Report on vaccination in Madras 1895-1903 - 1895-1903
Year: 1895
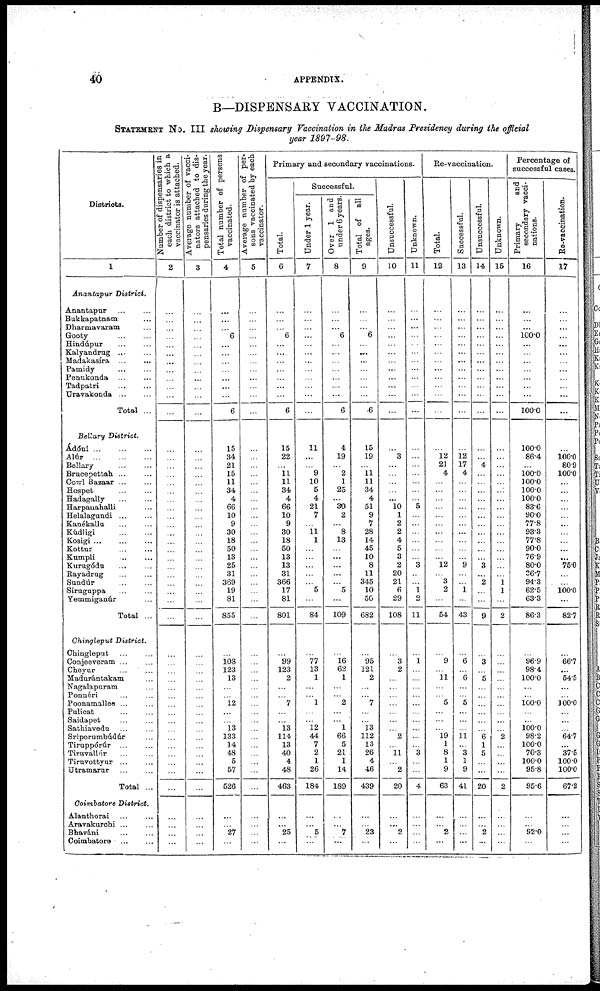
40
APPENDIX.
B—DISPENSARY VACCINATION.
STATEMENT No. III showing Dispensary Vaccination in the Madras Presidency during the official
year 1897-98.
Districts.
1
Anantapur District.
Anantapur... ...
Bukkapatnam...
Dharmavaram...
Gooty...
...
Hindúpur... ...
Kalyandrug...
...
Madakasíra...
...
Pamidy... ...
Penukonda... ...
Tadpatri...
...
Uravakonda...
...
Total ...
Bellary District.
Ádóni... ... ...
Alúr... ... ...
Bellary... ...
Brucepettah... ...
Cowl Bazaar ... ...
Hospet... ...
Hadagally... ...
Harpanahalli...
Helalagundi... ...
Kanékallu... ...
Kúdligi...
...
Kosigi... ... ...
Kottur...
...
Kumpli... ...
Kurugóda
Rayadrug...
...
Sundúr... ...
Siruguppa... ...
Yemmiganúr...
Total ...
Chingleput District.
Chingleput... ...
Conjeeveram... ...
Cheyur... ...
Madurántakam...
Nagalapuram...
Ponnéri... ...
Poonamallee... ...
Pulicat... ...
Saidapet... ...
Sathiavedu... ...
Sríperumbúdúr... ...
Tiruppórúr... ...
Tiruvallúr... ...
Tiruvottyur... ...
Utramarur... ...
Total ...
Coimbatore District.
Alanthorai... ...
Aravakurchi ...
Bhaváni... ...
Coimbatore...
...
Number of di s pens ar i
es in
each district to whi ch a
vaccinator is attached.
2
...
...
...
...
...
...
...
...
...
...
...
...
...
...
...
...
...
...
...
...
...
...
...
...
...
...
...
...
...
...
...
...
...
...
...
...
...
...
...
...
...
...
...
...
...
...
...
...
...
...
...
...
Ave r
a ge number of vacci-
nators attached to dis-
pensaries dur i ng the year.
3
...
...
...
...
...
...
...
...
...
...
...
...
...
...
...
...
...
...
...
...
...
...
...
...
...
...
...
...
...
...
...
...
...
...
...
...
...
...
...
...
...
...
...
...
...
...
...
...
...
...
...
...
Total number of persons
vaccinated.
4
...
...
... 6
...
...
...
...
...
...
...
6
15
34
21
15
11
34
4
66
10
9
30
18
50
13
25
31
369
19
81
855
...
108
123
13
...
...
12
...
...
13
133
14
48
5
57
526
...
...
27
...
Average number of per-
sons vaccinated by each
vaccinator.
5
...
...
...
...
...
...
...
...
...
...
...
...
...
...
...
...
...
...
...
...
...
...
...
...
...
...
...
...
...
...
...
...
...
...
...
...
...
...
...
...
...
...
...
...
...
...
...
...
...
...
...
...
Primary and secondary vaccinations.
Total.
6
...
...
... 6
...
...
...
...
...
...
...
6
15
22
...
11
11
34
4
66
10
9
30
18
50
13
13
31
366
17
81
801
...
99
123
2
...
...
7
...
...
13
114
13
40
4
48
463
...
...
25
...
Successful.
Under 1 year.
7
...
...
...
...
...
...
...
...
...
...
...
...
11
...
...
9
10
5
4
21
7
...
11
1
...
...
...
...
...
5
...
84
...
77
13
1
...
...
1
...
...
12
44
7
2
1
26
184
...
...
5
...
Over 1 and
under 6 years.
8
...
...
... 6
...
...
...
...
...
...
...
6
4
19
...
2
1
25
...
30
2
...
8
13
...
...
...
...
...
5
...
109
...
16
62
1
...
...
2
...
...
1
66
5
21
1
14
189
...
...
7
...
Total of all
ages.
9
...
...
... 6
...
...
...
...
...
...
...
6
15
19
...
11
11
34
4
51
9
7
28
14
45
10
8
11
345
10
50
682
...
95
181
2
...
...
7
...
...
13
112
13
26
4
46
439
...
...
23
...
Unsuccessful.
10
...
...
...
...
...
...
...
...
...
...
...
...
...
3
...
...
...
...
...
10
1
2
2
4
5
3
2
20
21
6
29
108
...
3
2
...
...
...
...
...
...
...
2
...
11
...
2
20
...
...
2
...
Unknown.
11
...
...
...
...
...
...
...
...
...
...
...
...
...
...
...
...
...
...
...
5
...
...
...
...
...
...
3
...
...
1
2
11
...
1
...
...
...
...
...
...
...
...
...
...
3
...
...
4
...
...
...
...
Re-vaccination.
Total.
12
...
...
...
...
...
...
...
...
...
...
...
...
...
12
21
4
...
...
...
...
...
...
...
...
...
...
12
...
3
2
...
54
...
9
...
11
...
...
5
...
...
...
19
1
8
1
9
63
...
...
2
...
Successful.
13
...
...
...
...
...
...
...
...
...
...
...
...
...
12
17
4
...
...
...
...
...
...
...
...
...
...
9
...
...
1
...
43
...
6
...
6
...
...
5
...
...
...
11
...
3
1
9
41
...
...
...
...
Unsuccessful.
14
...
...
...
...
...
...
...
...
...
...
...
...
...
...
4
...
...
...
...
...
...
...
...
...
...
...
3
...
2
...
...
9
...
3
...
5
...
...
...
...
...
...
6
1
5
...
...
20
...
...
2
...
Unknown.
15
...
...
...
...
...
...
...
...
...
...
...
...
...
...
...
...
...
...
...
...
...
...
...
...
...
...
...
...
1
1
...
2
...
...
...
...
...
...
...
...
...
...
2
...
...
...
...
2
...
...
...
...
Percentage of
successful cases.
Primary
and
secondary vacci-
nations.
16
...
...
...
100.0
...
...
...
...
...
...
...
100.0
100.0
86.4
...
100.0
100.0
100.0
100.0
83.6
90.0
77.8
93.3
77.8
90.0
76.9
80.0
36.7
94.3
62.5
63.3
86.3
...
96.9
98.4
100.0
...
...
100.0
...
...
100.0
98.2
100.0
70.3
100.0
95.8
95.6
...
...
92.0
...
Re-vaccination.
17
...
...
...
...
...
...
...
...
...
...
...
...
...
100.0
80.9
100.0
...
...
...
...
...
...
...
...
...
...
75.0
...
...
100.0
...
82.7
...
66.7
...
54.5
...
...
100.0
...
...
...
64.7
...
37.5
100.0
100.0
67.2
...
...
...
...